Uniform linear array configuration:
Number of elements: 4
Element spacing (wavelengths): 1
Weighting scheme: cosine
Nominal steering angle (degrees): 60
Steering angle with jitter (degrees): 61.239
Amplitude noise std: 0.05
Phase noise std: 0.05

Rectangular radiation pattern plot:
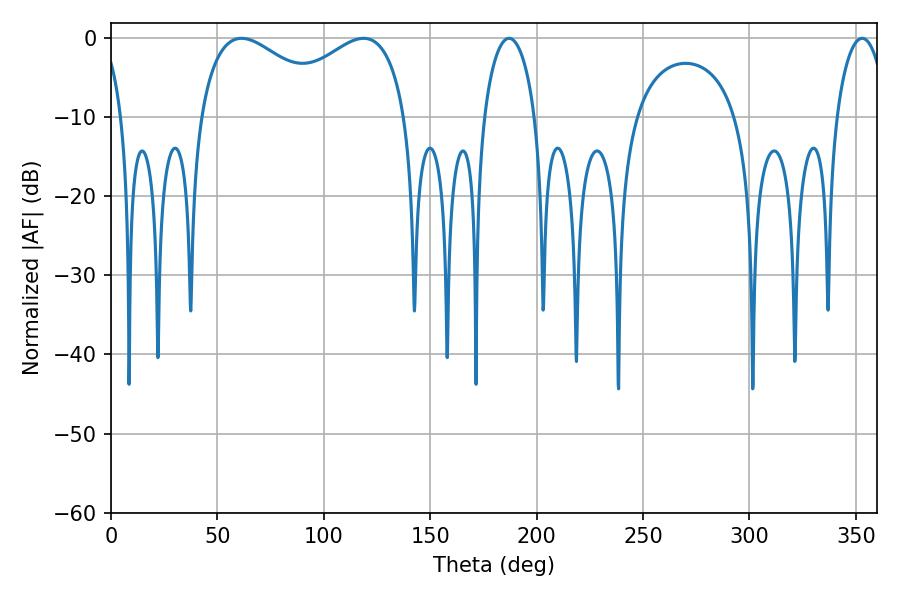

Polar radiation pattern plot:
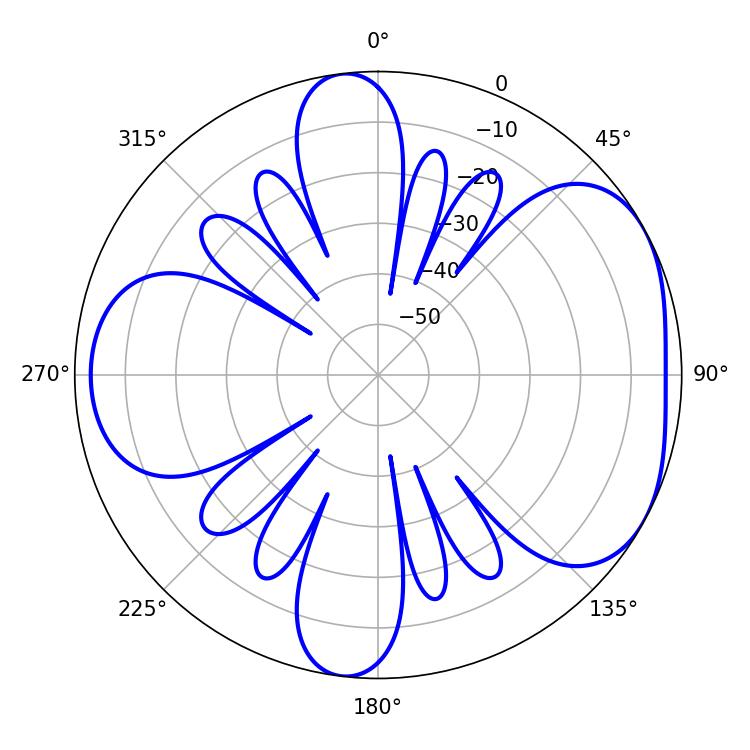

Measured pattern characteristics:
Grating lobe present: TRUE
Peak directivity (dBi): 4.744
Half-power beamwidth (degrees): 13.68
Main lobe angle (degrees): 187.02